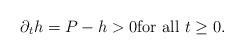
LaTeX: \begin{align*}\partial_{t}h=P-h>0 {\rm for \ all }\ t\geq 0.\end{align*}